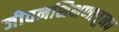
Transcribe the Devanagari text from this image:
जीवनशिक्षणातूनच